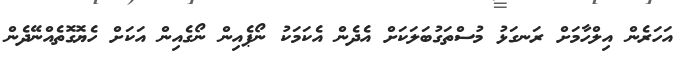
އަހަރެން އިލްހާމަށް ރަނގަޅު މުސްތަގުބަލަކަށް އެދެން އެކަމަކު ނޯޕެއިން ނޯގެއިން އަކަށް ހެޔޮގޮތެއްނޭދެން